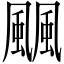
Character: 䬕